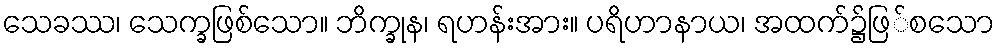
သေခဿ၊ သေက္ခဖြစ်သော။ ဘိက္ခုန၊ ရဟန်းအား။ ပရိဟာနာယ၊ အထက်၌ဖြ်စသော